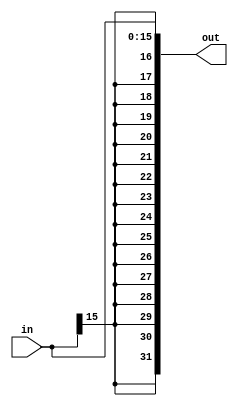
module Sign_Ext (out  , in );

output [31:0] out;
input [15:0] in;

assign out = { {16{in[15]}} , in[15:0] };

endmodule